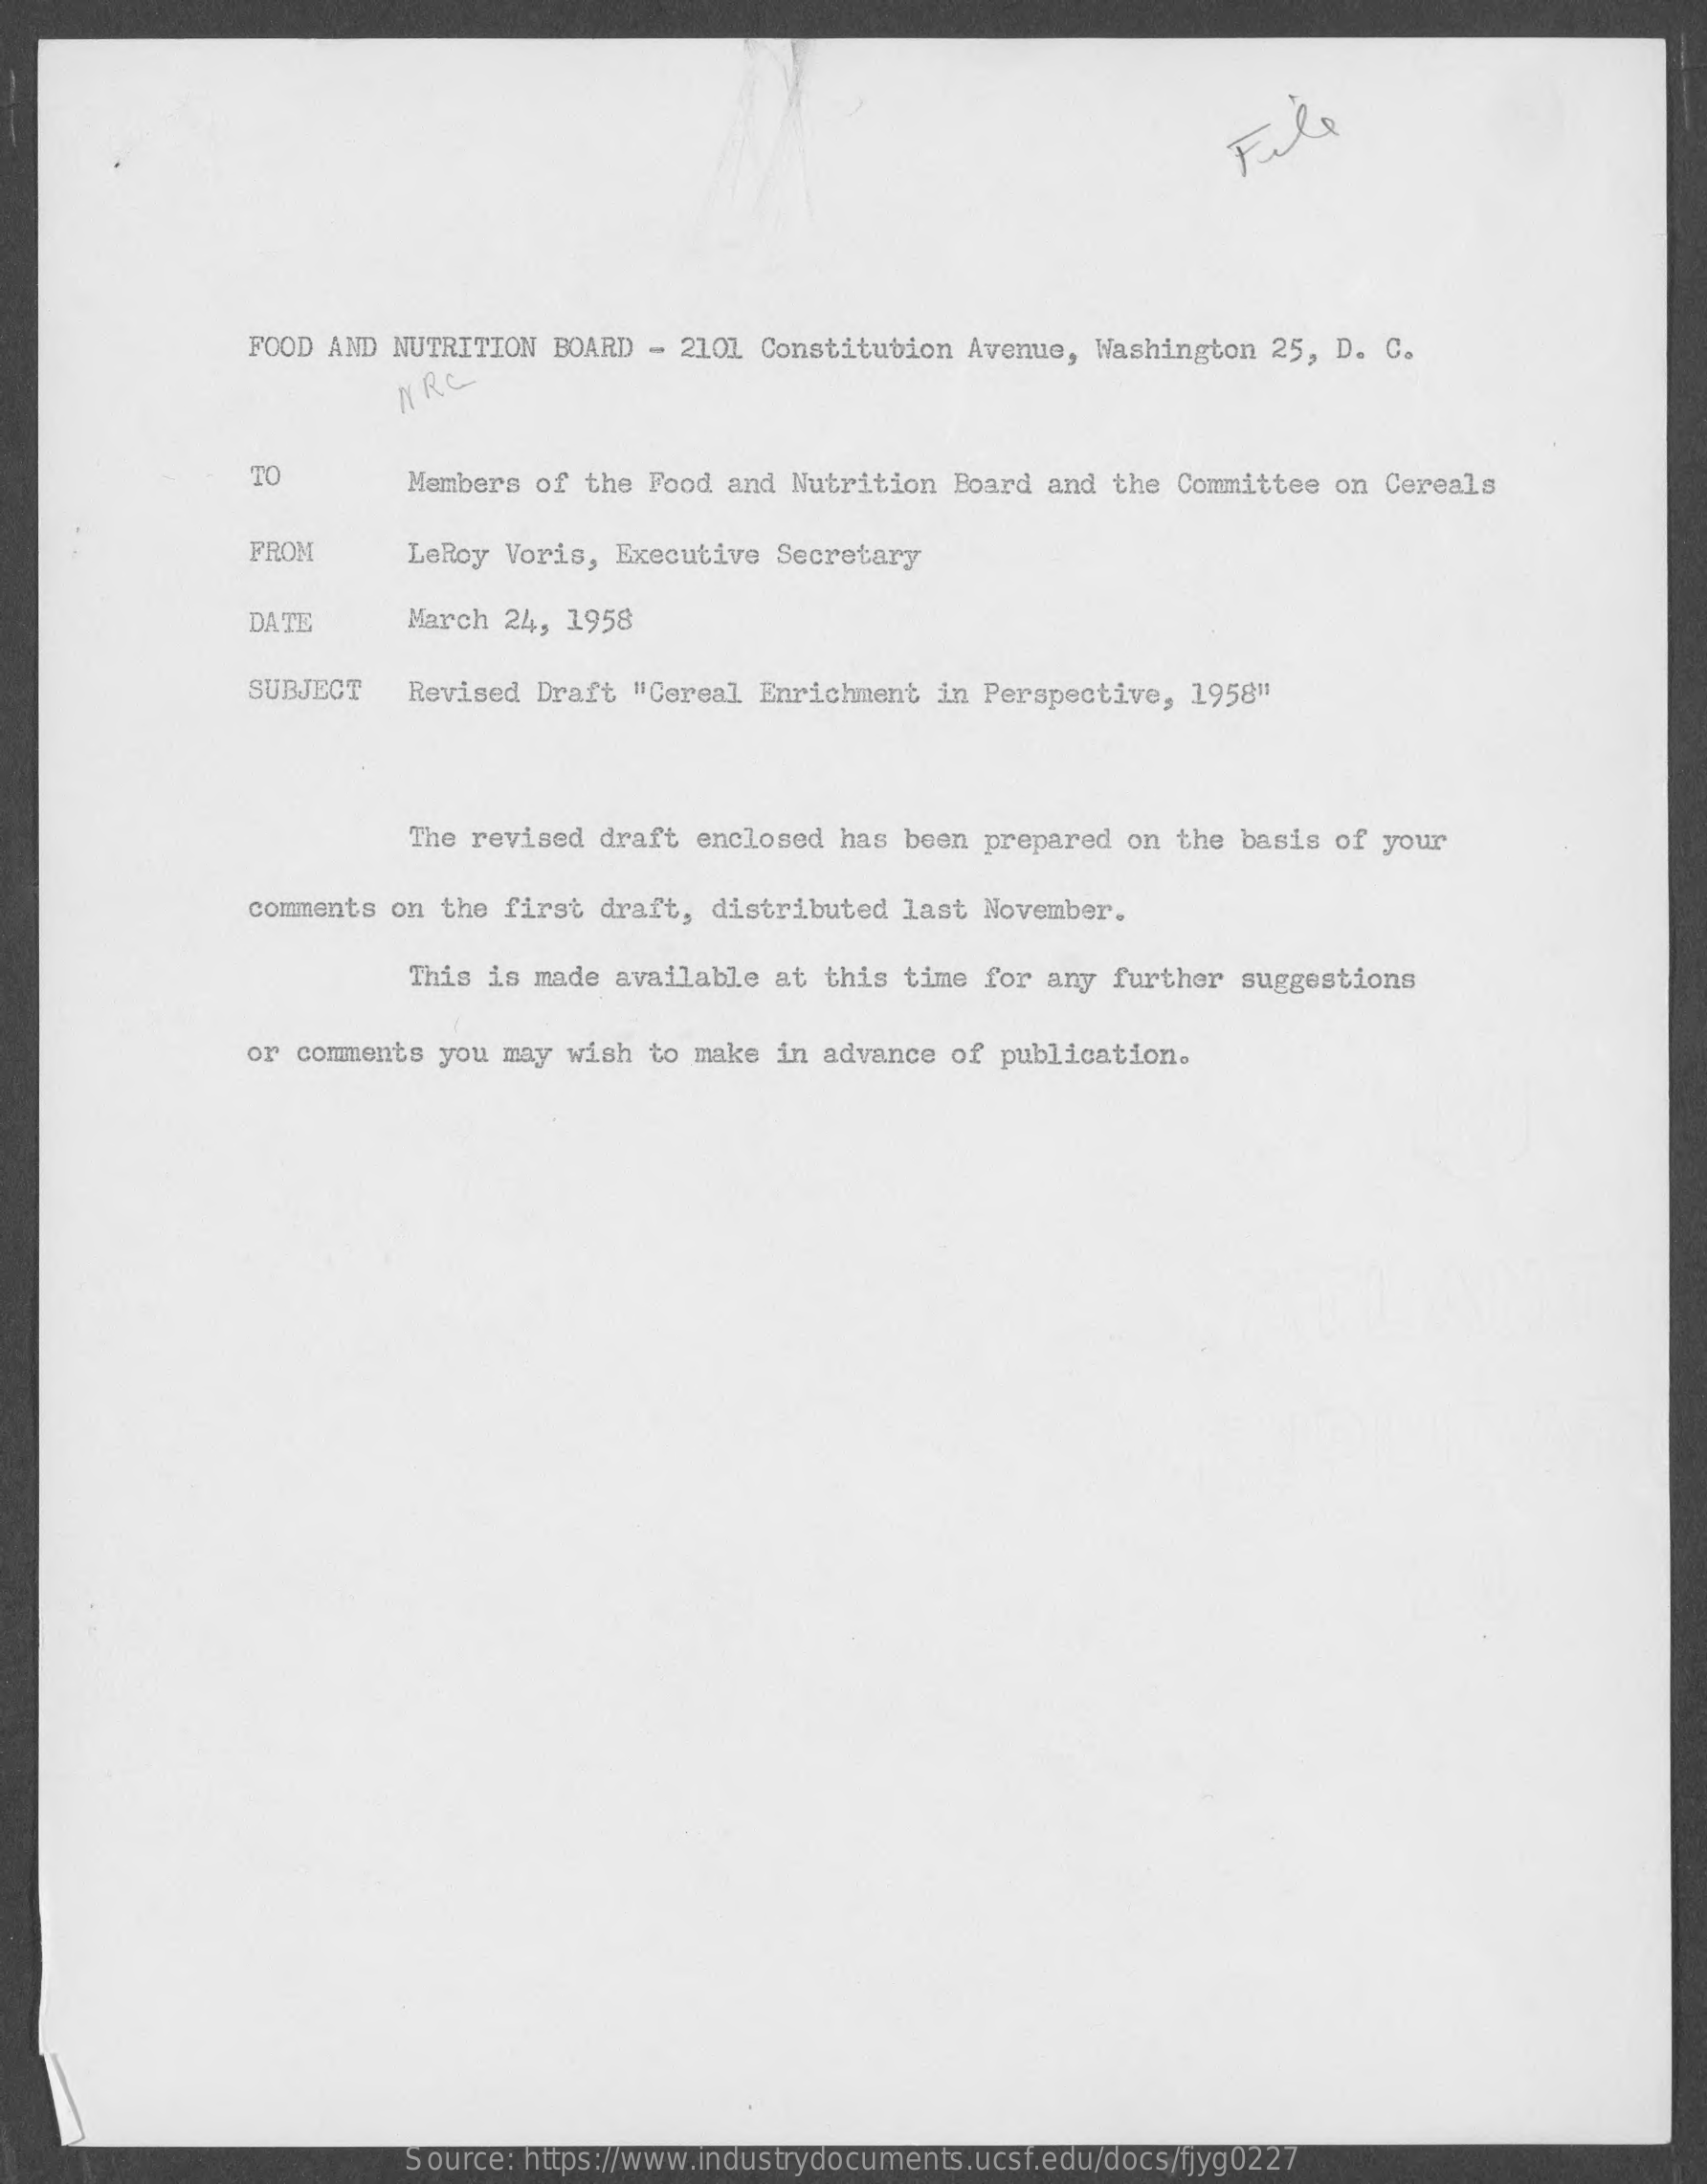
File
     FOOD AND NUTRITION BOARD - 2101 Constitution Avenue, Washington 25, D. C.
     NRC
     TO    Members of the Food and Nutrition Board and the Committee on Cereals
     FROM    LeRoy Voris, Executive Secretary
     DATE    March 24, 1958
     SUBJECT  Revised Draft "Cereal Enrichment in Perspective, 1958"
     The revised draft enclosed has been prepared on the basis of your
     comments on the first draft, distributed last November.
     This is made available at this time for any further suggestions
     or comments you may wish to make in advance of publication.
     Source: https://www.industrydocuments.ucsf.edu/docs/fjyg0227